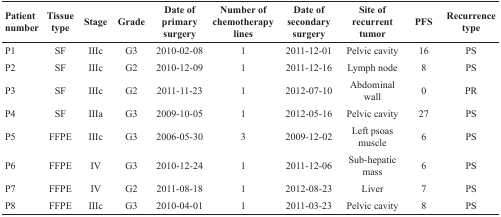
| Patient number | Tissue type | Stage | Grade | Date of primary surgery | Number of chemotherapy lines | Date of secondary surgery | Site of recurrent tumor | PFS | Recurrence type |
 | --- | --- | --- | --- | --- | --- | --- | --- | --- | --- |
 | P1 | SF | IIIc | G3 | 2010-02-08 | 1 | 2011-12-01 | Pelvic cavity | 16 | PS |
 | P2 | SF | IIIc | G2 | 2010-12-09 | 1 | 2011-12-16 | Lymph node | 8 | PS |
 | P3 | SF | IIIc | G2 | 2011-11-23 | 1 | 2012-07-10 | Abdominal wall | 0 | PR |
 | P4 | SF | IIIa | G3 | 2009-10-05 | 1 | 2012-05-16 | Pelvic cavity | 27 | PS |
 | P5 | FFPE | IIIc | G3 | 2006-05-30 | 3 | 2009-12-02 | Left psoas muscle | 6 | PS |
 | P6 | FFPE | IV | G3 | 2010-12-24 | 1 | 2011-12-06 | Sub-hepatic mass | 6 | PS |
 | P7 | FFPE | IV | G2 | 2011-08-18 | 1 | 2012-08-23 | Liver | 7 | PS |
 | P8 | FFPE | IIIc | G3 | 2010-04-01 | 1 | 2011-03-23 | Pelvic cavity | 8 | PS |